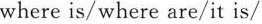
where is/where are/it is/